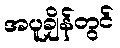
အပူချိန်တွင်